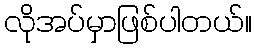
လိုအပ်မှာဖြစ်ပါတယ်။